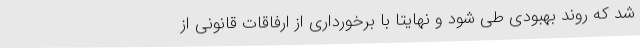
شد که روند بهبودی طی شود و نهایتا با برخورداری از ارفاقات قانونی از